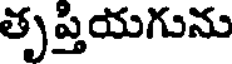
తృప్తియగును